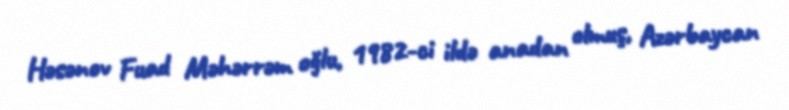
Həsənov Fuad Məhərrəm oğlu, 1982-ci ildə anadan olmuş, Azərbaycan